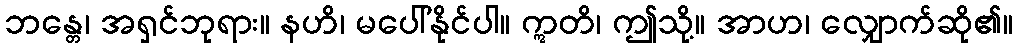
ဘန္တေ၊ အရှင်ဘုရား။ နဟိ၊ မပေါ်နိုင်ပါ။ ဣတိ၊ ဤသို့။ အာဟ၊ လျှောက်ဆို၏။